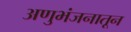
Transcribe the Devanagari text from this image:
अणुभंजनातून